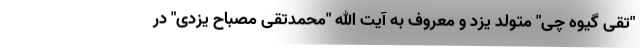
"تقی گیوه چی" متولد یزد و معروف به آیت الله "محمدتقی مصباح یزدی" در